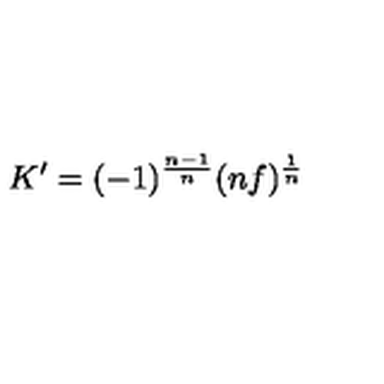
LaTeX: K ^ { \prime } = ( - 1 ) ^ { \frac { n - 1 } { n } } ( n f ) ^ { \frac { 1 } { n } }